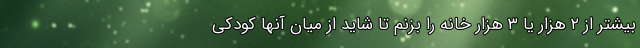
بیشتر از ۲ هزار یا ۳ هزار خانه را بزنم تا شاید از میان آنها کودکی